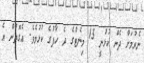
ނެރުމަށް ދެން ކުޅުނީ 15 މިނެޓްގެ ދެ ހާފުގެ ކުޅުމެވެ. އެގޮތުން އެ